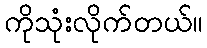
ကိုသုံးလိုက်တယ်။